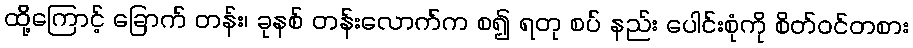
ထို့ကြောင့် ခြောက် တန်း၊ ခုနစ် တန်းလောက်က စ၍ ရတု စပ် နည်း ပေါင်းစုံကို စိတ်ဝင်တစား